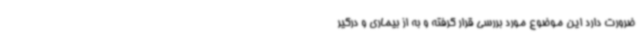
ضرورت دارد این موضوع مورد بررسی قرار گرفته و به از بیماری و درگیر